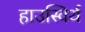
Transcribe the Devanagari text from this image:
हाउस्विर्थ